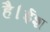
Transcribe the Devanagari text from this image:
है।ईश